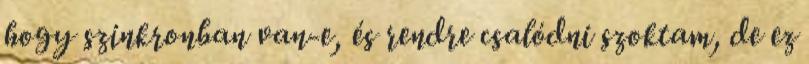
hogy szinkronban van-e, és rendre csalódni szoktam, de ez